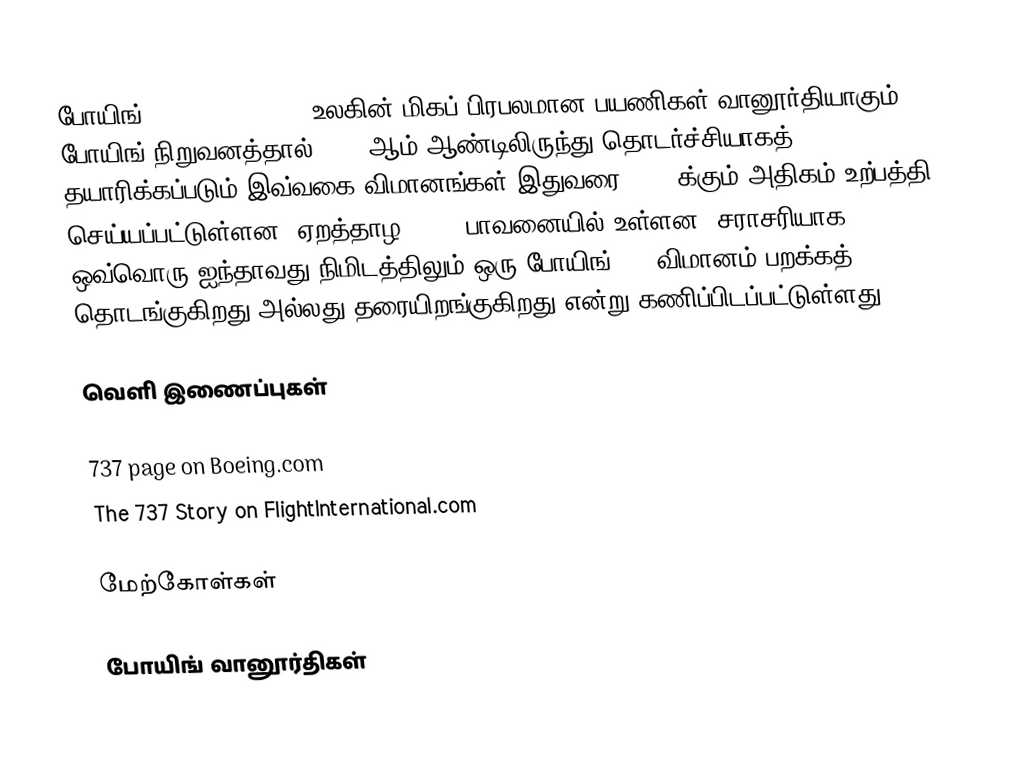
போயிங் 737 (Boeing 737) உலகின் மிகப் பிரபலமான பயணிகள் வானூர்தியாகும். போயிங் நிறுவனத்தால் 1967 ஆம் ஆண்டிலிருந்து தொடர்ச்சியாகத் தயாரிக்கப்படும் இவ்வகை விமானங்கள் இதுவரை 5,000க்கும் அதிகம் உற்பத்தி செய்யப்பட்டுள்ளன. ஏறத்தாழ 1,250 பாவனையில் உள்ளன. சராசரியாக ஒவ்வொரு ஐந்தாவது நிமிடத்திலும் ஒரு போயிங் 737 விமானம் பறக்கத் தொடங்குகிறது அல்லது தரையிறங்குகிறது என்று கணிப்பிடப்பட்டுள்ளது.

வெளி இணைப்புகள்

 737 page on Boeing.com
 The 737 Story on FlightInternational.com

மேற்கோள்கள்

போயிங் வானூர்திகள்